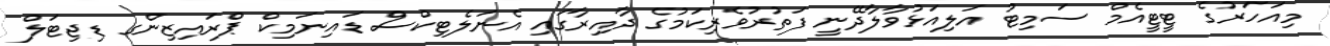
މިއަހަރުގެ ޓީޓީއެމް ސަމިޓު އަލިއަޅުވާލާދޭނީ ފަތުރުވެރިކަމުގެ ދާއިރާގައި އެނަލެޓިކްސް ޑައިނަމިކް ޕްރައިޒިންގ ޑިޖިޓަލް